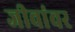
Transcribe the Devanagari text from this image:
जीवांवर